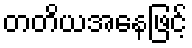
တတိယအနေဖြင့်